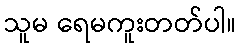
သူမ ရေမကူးတတ်ပါ။